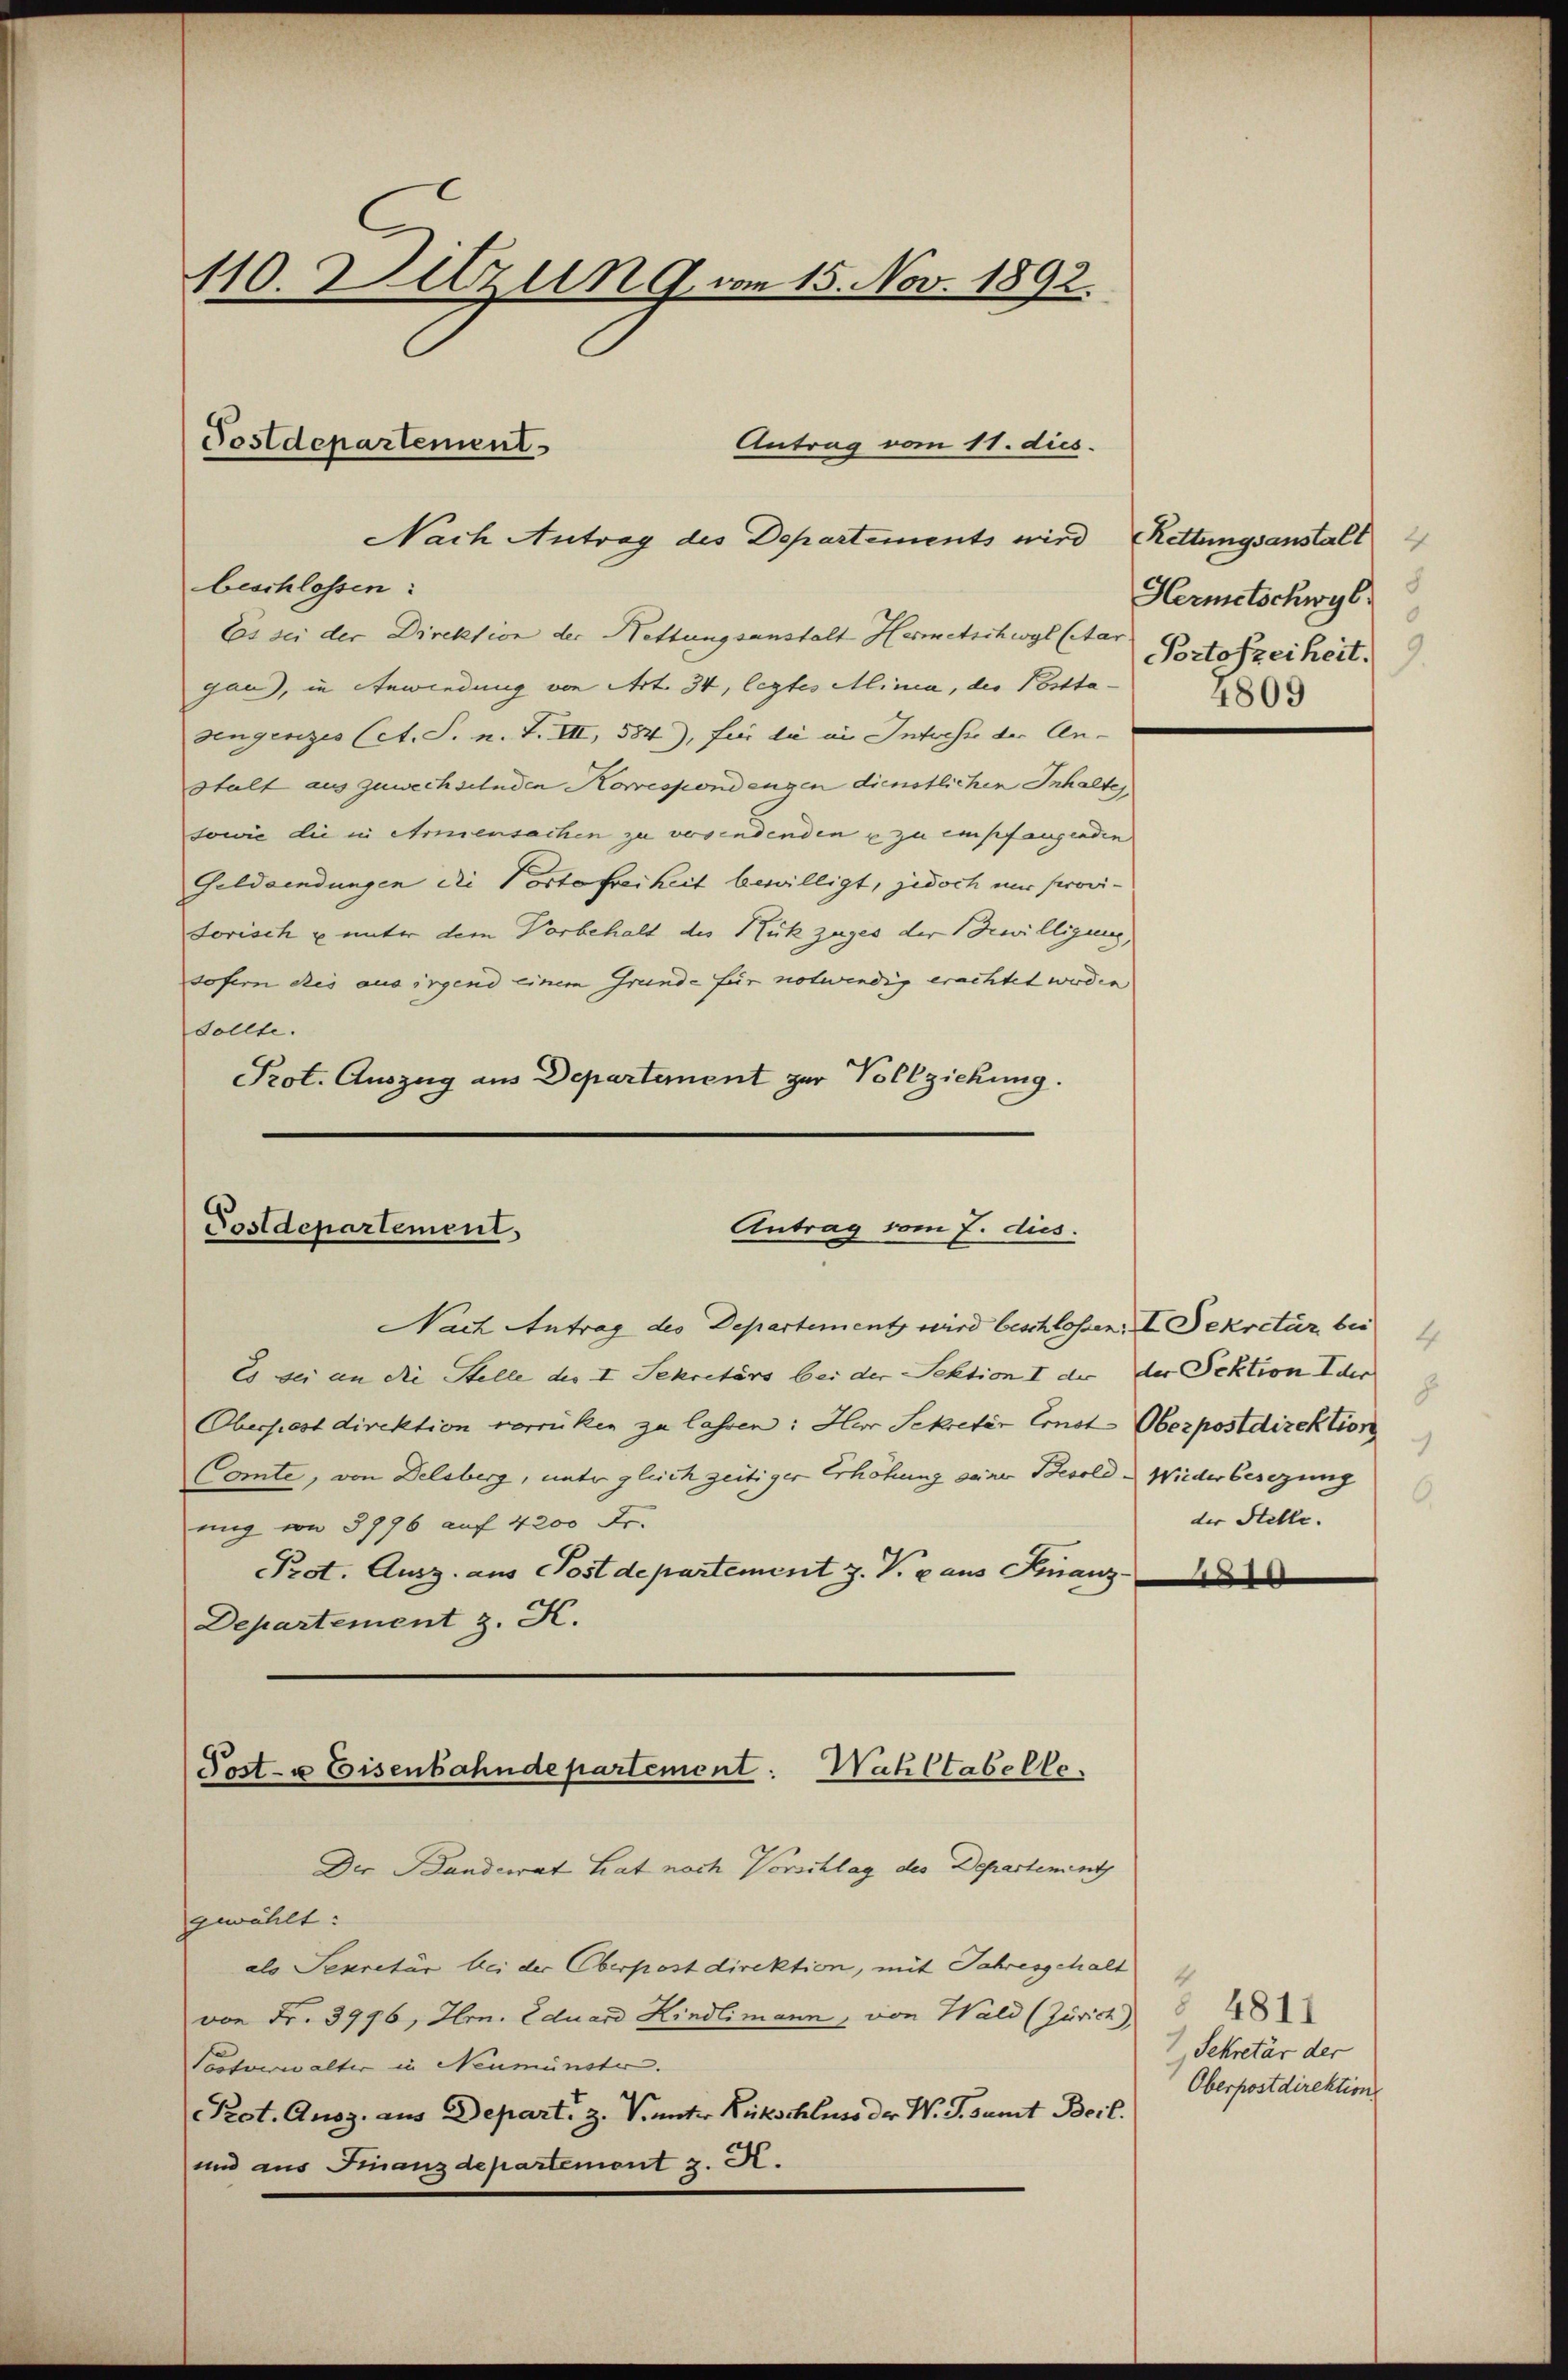
110. Setzung vom 15. Nov. 1892.

Antrag vom 11. dies
Postdepartement
Nach Antrag des Departements wird (Rettungsanstalt

beschlossen:
Es sei der Direktion der Nettungsanstalt Hermetschwyl (Aar
gau), in Anwendung von Art. 34, legtes Minia, der Posttadengenzes (A. S. n. F. VII, 584), für die im Inticher der Anstalt aus zuwechselnden Korrespondengen dienstlichen Inhalte
sowie die in Armensachen zu versendenden u zu empfangenden
Geldsendungen die Vortefreiheit bewilligt, jedoch nur serovisorisch u unter dem Vorbehalt des Rückzuges der Bewilligung,
sofern dies aus irgend einem Grunde für notwendig erachtet werden
Sollte.
Prot. Auszug aus Departement zur Vollziehung.

Antrag vom 7. dus.
Postdepartement.

Post- u Eisenbahndepartement. Wahltabelle

Nach Antrag des Departement wird beschlossen; I. Sekretär bei
Es sei an die Stelle des I. Sekretärs bei der Sektion I der der Sektion Ider
Oberprest direktion vorrücken zu lassen: Hur Sekreter Ernst-Oberpostdirektion
Comte, von Delsberg, unter gleich zeitiger Erhöhung seiner Besold - Wiederbesezung
nig von 3776 auf 4200 Fr.
Prot. Ausz. aus Postdepartement J. V. aus Finanz¬
Departement z. K.
Die Banderat hat nach Vorschlag des Departement
gewählt:
als Sekretär bei der Oberpostdirektion, mit Jahresgehalt
von Fr. 3996, Hrn. Eduard Kindlimann, von Wald (Zürich)
Postverwalter in Neumünster.
Prot. Ausz. aus Depart, z. Prunter Rückschluss der W. G. samt Beil.
und aus Finanzdepartement z. B.

Hermetschwyl
Portofzeiheit.
4809

4
8
1
6
der Stelle. |

4
84811
Sekretär der
Oberpostdirektion